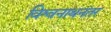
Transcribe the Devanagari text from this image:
विश्वनाथनंतर